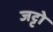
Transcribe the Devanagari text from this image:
जट्टो